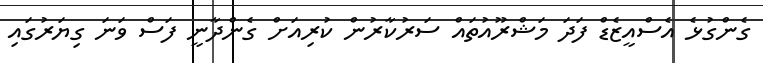
ގެންގުޅެ އެސްއީޒެޑް ފަދަ މަޝްރޫއުތައް ސަރުކާރުން ކުރިއަށް ގެންދާނީ ފަސް ވަނަ ގިޔަރުގައި